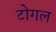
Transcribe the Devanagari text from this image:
टोगल